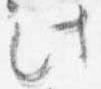
此